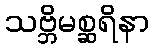
သဗ္ဘိမစ္ဆရိနာ